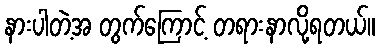
နားပါတဲ့အ တွက်ကြောင့် တရားနာလို့ရတယ်။